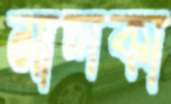
মালকা